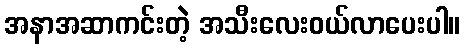
အနာအဆာကင်းတဲ့ အသီးလေးဝယ်လာပေးပါ။